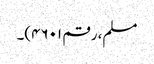
مسلم، رقم ۴۶۰۱)۔